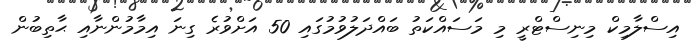
އިސްލާމިކް މިނިސްޓްރީ މި މަސައްކަތު ބައްދަލުވުމުގައި 50 އަށްވުރެ ގިނަ އިމާމުންނާއި ޙާތިބުން